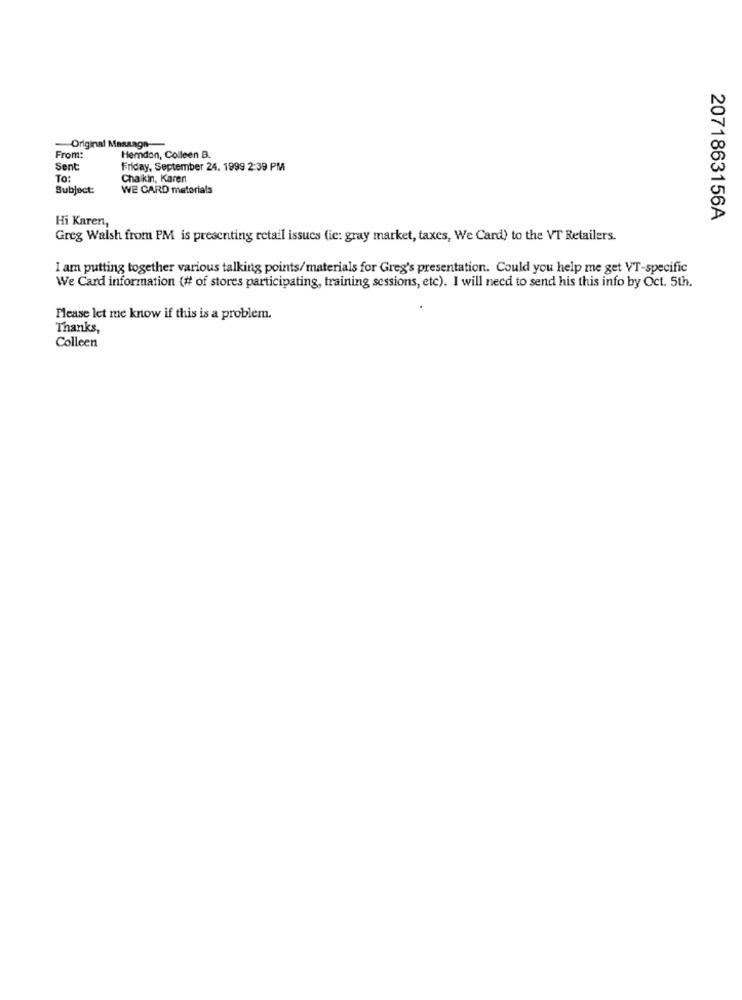
-Original Message-
From:
Hemdon, Colleen B.
Sent
Friday, September 24. 1999 2:39 PM
To:
Chaikin, Karen
Subject:
WE CARD materials
Hi Karen,
2071863156A
Greg Walsh from PM is presenting retail issues (ie: gray market, taxes, We Card) to the VT Retailers.
I am putting together various talking points/materials for Greg's presentation. Could you help me get VT-specific
We Card information (# of stores participating, training sessions, etc). I will need to send his this info by Oct. 5th.
Please let me know if this is a problem.
Thanks,
Colleen